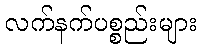
လက်နက်ပစ္စည်းများ